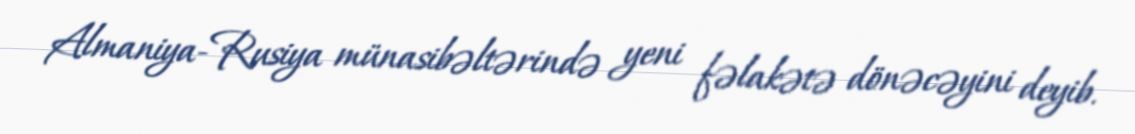
Almaniya-Rusiya münasibəltərində yeni fəlakətə dönəcəyini deyib.